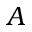
A